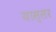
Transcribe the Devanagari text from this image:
यास्सर